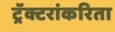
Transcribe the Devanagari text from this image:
ट्रॅक्टरांकरिता